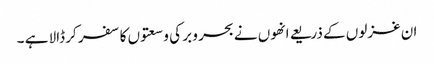
ان غزلوں کے ذریعے انھوں نے بحر و بر کی وسعتوں کا سفر کر ڈالا ہے ۔